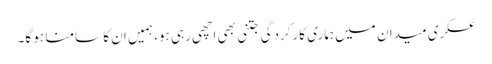
عسکری میدان میں ہماری کارکردگی جتنی بھی اچھی رہی ہو، ہمیں ان کا سامنا ہو گا۔